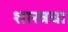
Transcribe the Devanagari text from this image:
शास्त्रचा